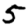
Digit: 5